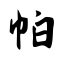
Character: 帕